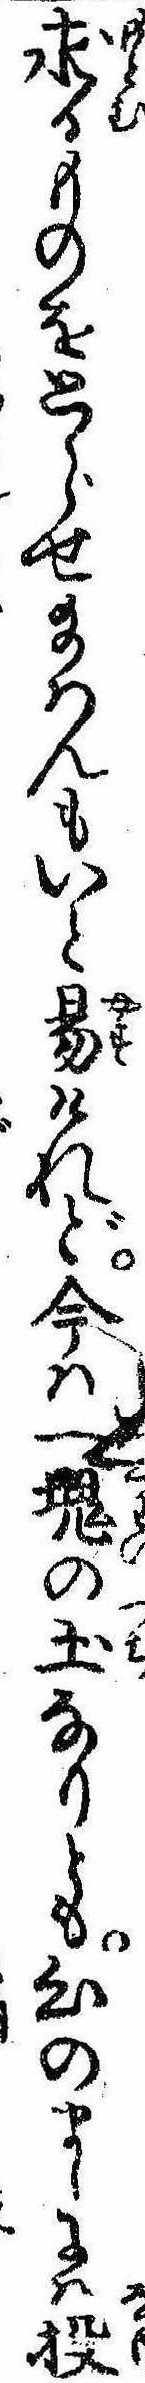
求るものをとらせ給はんもいと易けれど今は一塊の土なりとも心のまゝには投